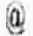
@